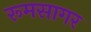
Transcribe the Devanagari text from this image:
रूमसागर